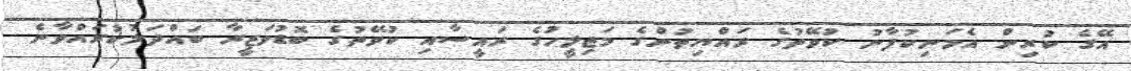
އޭގެ ކުރިން އެމަނިކުފާނު ކުވޭތުގެ ރައްޔިތުންގެ މަޖިލީހުގެ ރައީސާއި ކުވޭތުގެ ބޮޑުވަޒީރާ ބައްދަލުކުރައްވާނެ